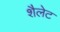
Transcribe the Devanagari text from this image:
शैलेट